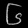
Digit: ၆